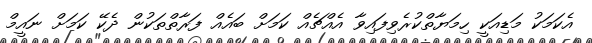
އެކަމަކު މަޑިއަކީ ހިމަޔާތްކުރެވިފައިވާ އެއްޗެއް ކަމަށް ބައެއް ފަރާތްތަކުން ދެކޭ ކަަމަށް ނައީމް